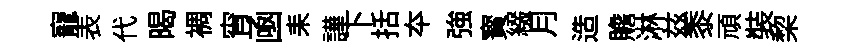
寵表代暍裯宵凾耒譁下括夲強寳綴月造贍淋兹黍頑裝棃